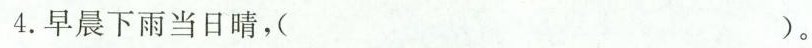
4.早晨下雨当日晴，( )。